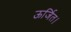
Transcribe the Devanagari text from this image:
ऊर्जित।